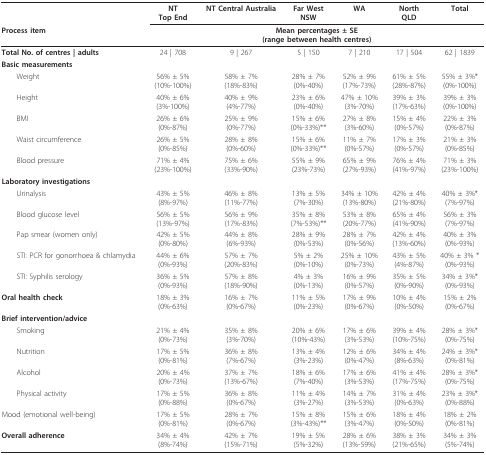
<table><thead><tr><td></td><td><b>NTTop End</b></td><td><b>NT Central Australia</b></td><td><b>Far WestNSW</b></td><td><b>WA</b></td><td><b>NorthQLD</b></td><td><b>Total</b></td></tr><tr><td><b>Process item</b></td><td colspan="6"><b>Mean percentages ± SE(range between health centres)</b></td></tr></thead><tbody><tr><td><b>Total No. of centres | adults</b></td><td>24 | 708</td><td>9 | 267</td><td>5 | 150</td><td>7 | 210</td><td>17 | 504</td><td>62 | 1839</td></tr><tr><td><b>Basic measurements</b></td><td></td><td></td><td></td><td></td><td></td><td></td></tr><tr><td> Weight</td><td>56% ± 5%(10%-100%)</td><td>58% ± 7%(18%-83%)</td><td>28% ± 7%(0%-40%)</td><td>52% ± 9%(17%-73%)</td><td>61% ± 5%(28%-87%)</td><td>55% ± 3%*(0%-100%)</td></tr><tr><td> Height</td><td>40% ± 6%(3%-100%)</td><td>40% ± 9%(4%-77%)</td><td>23% ± 6%(0%-40%)</td><td>47% ± 10%(3%-70%)</td><td>39% ± 3%(17%-63%)</td><td>39% ± 3%(0%-100%)</td></tr><tr><td> BMI</td><td>26% ± 6%(0%-87%)</td><td>25% ± 9%(0%-77%)</td><td>15% ± 6%(0%-33%)**</td><td>27% ± 8%(3%-60%)</td><td>15% ± 4%(0%-57%)</td><td>22% ± 3%(0%-87%)</td></tr><tr><td> Waist circumference</td><td>26% ± 5%(0%-85%)</td><td>28% ± 8%(0%-60%)</td><td>15% ± 6%(0%-33%)**</td><td>11% ± 7%(0%-57%)</td><td>17% ± 3%(0%-57%)</td><td>21% ± 3%(0%-85%)</td></tr><tr><td> Blood pressure</td><td>71% ± 4%(23%-100%)</td><td>75% ± 6%(33%-90%)</td><td>55% ± 9%(23%-73%)</td><td>65% ± 9%(27%-93%)</td><td>76% ± 4%(41%-97%)</td><td>71% ± 3%(23%-100%)</td></tr><tr><td><b>Laboratory investigations</b></td><td></td><td></td><td></td><td></td><td></td><td></td></tr><tr><td> Urinalysis</td><td>43% ± 5%(8%-97%)</td><td>46% ± 8%(11%-77%)</td><td>13% ± 5%(7%-30%)</td><td>34% ± 10%(13%-80%)</td><td>42% ± 4%(21%-80%)</td><td>40% ± 3%*(7%-97%)</td></tr><tr><td> Blood glucose level</td><td>56% ± 5%(13%-97%)</td><td>56% ± 9%(17%-83%)</td><td>35% ± 8%(7%-53%)**</td><td>53% ± 8%(20%-77%)</td><td>65% ± 4%(41%-90%)</td><td>56% ± 3%(7%-97%)</td></tr><tr><td> Pap smear (women only)</td><td>42% ± 5%(0%-80%)</td><td>44% ± 8%(6%-93%)</td><td>28% ± 9%(0%-53%)</td><td>28% ± 7%(0%-56%)</td><td>42% ± 4%(13%-60%)</td><td>40% ± 3%(0%-93%)</td></tr><tr><td> STI: PCR for gonorrhoea &amp; chlamydia</td><td>44% ± 6%(0%-93%)</td><td>57% ± 7%(20%-83%)</td><td>5% ± 2%(0%-10%)</td><td>25% ± 10%(0%-73%)</td><td>43% ± 5%(4%-87%)</td><td>40% ± 3% *(0%-93%)</td></tr><tr><td> STI: Syphilis serology</td><td>36% ± 5%(0%-93%)</td><td>57% ± 8%(18%-90%)</td><td>4% ± 3%(0%-13%)</td><td>16% ± 9%(0%-57%)</td><td>35% ± 5%(0%-90%)</td><td>34% ± 3%*(0%-93%)</td></tr><tr><td><b>Oral health check</b></td><td>18% ± 3%(0%-63%)</td><td>16% ± 7%(0%-67%)</td><td>11% ± 5%(0%-23%)</td><td>17% ± 9%(0%-67%)</td><td>10% ± 4%(0%-50%)</td><td>15% ± 2%(0%-67%)</td></tr><tr><td><b>Brief intervention/advice</b></td><td></td><td></td><td></td><td></td><td></td><td></td></tr><tr><td> Smoking</td><td>21% ± 4%(0%-73%)</td><td>35% ± 8%(3%-70%)</td><td>20% ± 6%(10%-43%)</td><td>17% ± 6%(3%-53%)</td><td>39% ± 4%(10%-75%)</td><td>28% ± 3%*(0%-75%)</td></tr><tr><td> Nutrition</td><td>17% ± 5%(0%-81%)</td><td>36% ± 8%(7%-67%)</td><td>13% ± 4%(3%-23%)</td><td>12% ± 6%(0%-47%)</td><td>34% ± 4%(8%-63%)</td><td>24% ± 3%*(0%-81%)</td></tr><tr><td> Alcohol</td><td>20% ± 4%(0%-73%)</td><td>37% ± 7%(13%-67%)</td><td>18% ± 6%(7%-40%)</td><td>17% ± 6%(3%-53%)</td><td>41% ± 4%(17%-75%)</td><td>28% ± 3%*(0%-75%)</td></tr><tr><td> Physical activity</td><td>17% ± 5%(0%-88%)</td><td>36% ± 8%(0%-67%)</td><td>11% ± 4%(3%-27%)</td><td>14% ± 7%(3%-53%)</td><td>31% ± 4%(0%-63%)</td><td>23% ± 3%*(0%-88%)</td></tr><tr><td>Mood (emotional well-being)</td><td>17% ± 5%(0%-81%)</td><td>28% ± 7%(0%-67%)</td><td>15% ± 8%(3%-43%)**</td><td>15% ± 6%(3%-47%)</td><td>18% ± 4%(0%-50%)</td><td>18% ± 2%(0%-81%)</td></tr><tr><td><b>Overall adherence</b></td><td>34% ± 4%(8%-74%)</td><td>42% ± 7%(15%-71%)</td><td>19% ± 5%(5%-32%)</td><td>28% ± 6%(13%-59%)</td><td>38% ± 3%(21%-65%)</td><td>34% ± 3%(5%-74%)</td></tr></tbody></table>